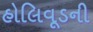
હોલિવૂડની